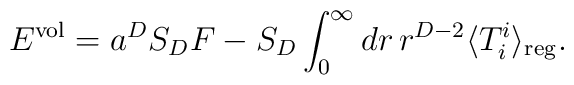
E^{{\rm vol}}=a^{D}S_D F-S_D \int _{0}^{\infty } dr\, r^{D-2}\langle T_i^i\rangle _{{\rm reg}} .